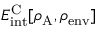
E _ { \mathrm { i n t } } ^ { \mathrm { C } } [ \rho _ { \mathrm { A } } , \rho _ { \mathrm { e n v } } ]